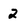
Character: 2